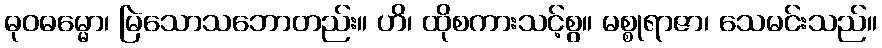
ဓုဝဓမ္မော၊ မြဲသောသဘောတည်း။ ဟိ၊ ထိုစကားသင့်စွ။ မစ္စုရာဇာ၊ သေမင်းသည်။